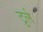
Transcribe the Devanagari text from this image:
टुर्ल